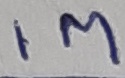
Text: 1M